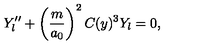
Y _ { l } ^ { \prime \prime } + \left( \frac { m } { a _ { 0 } } \right) ^ { 2 } C ( y ) ^ { 3 } Y _ { l } = 0 ,